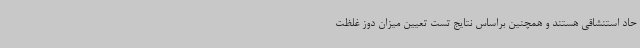
حاد استنشاقی هستند و همچنین براساس نتایج تست تعیین میزان دوز غلظت